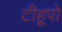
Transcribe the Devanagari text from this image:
टीहूपो